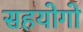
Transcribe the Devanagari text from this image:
सहयोगो